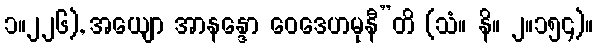
၁။၂၂၆), အယျော အာနန္ဒော ဝေဒေဟမုနီ”တိ (သံ။ နိ။ ၂။၁၅၄)။